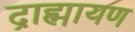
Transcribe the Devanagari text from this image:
द्राह्मायण